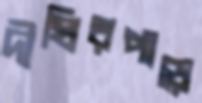
দীঘিরপাড়ে